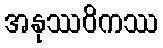
အနုဿဝိကဿ